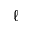
\ell